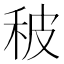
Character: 秛